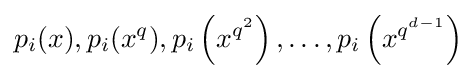
p_{i}(x),p_{i}(x^{q}),p_{i}\left(x^{q^{2}}\right),\ldots ,p_{i}\left(x^{q^{d-1}}\right)